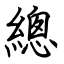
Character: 總